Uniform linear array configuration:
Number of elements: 8
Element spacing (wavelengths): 1
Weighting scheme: kaiser
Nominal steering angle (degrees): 45
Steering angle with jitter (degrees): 44.804
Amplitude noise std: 0.05
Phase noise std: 0.05

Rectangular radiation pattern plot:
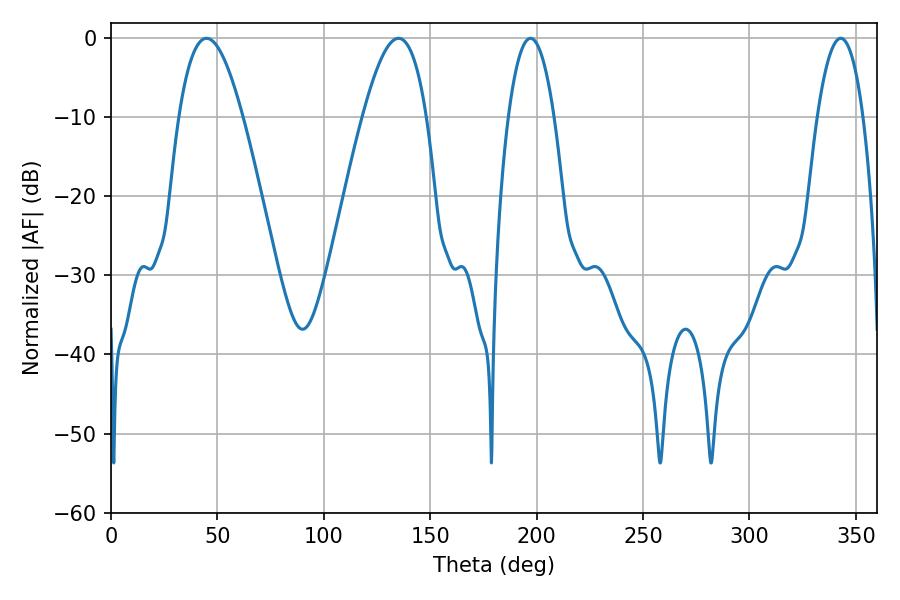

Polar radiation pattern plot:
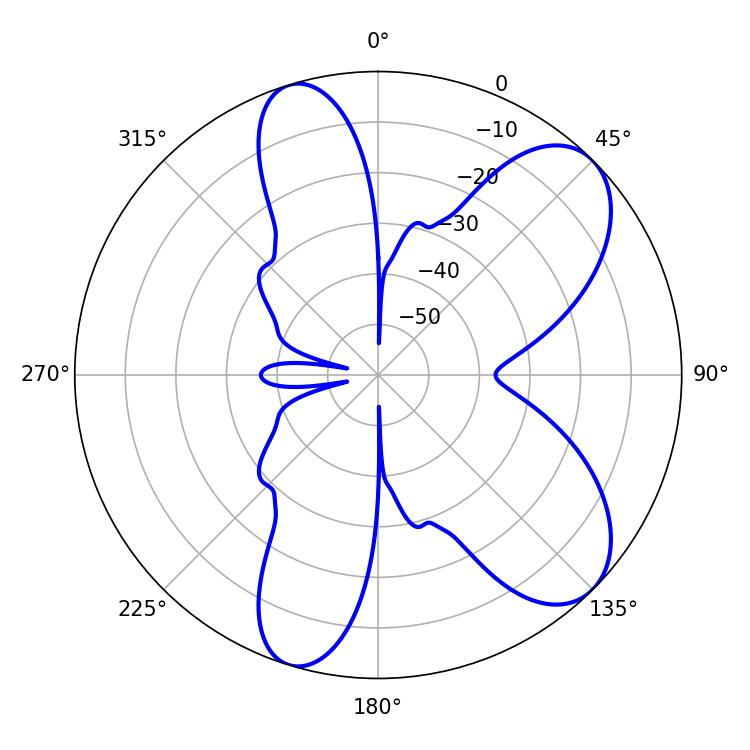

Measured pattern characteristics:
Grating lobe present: TRUE
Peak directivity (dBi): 8.11
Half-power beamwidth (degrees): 11.88
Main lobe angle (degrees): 197.1